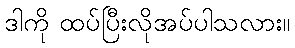
ဒါကို ထပ်ပြီးလိုအပ်ပါသလား။